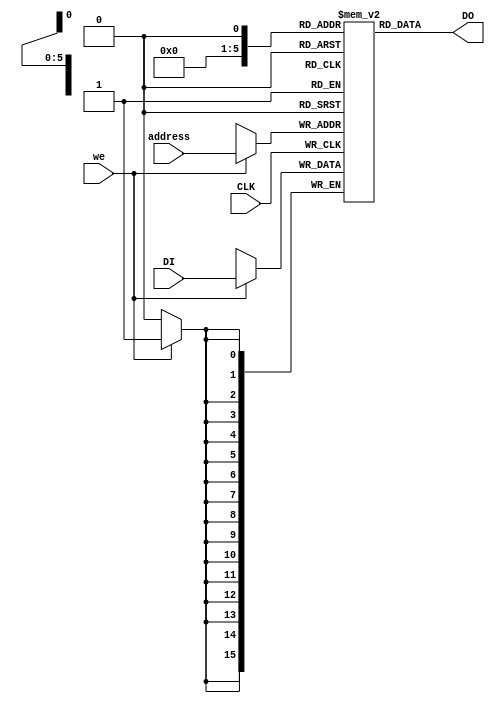
module singlePort_RAM_asyncRead(
    input CLK,
    input we,
    input [5:0] address,
    input [15:0] DI,
    output [15:0] DO
    );
	 
	 reg [15:0] RAM [63:0];
	 
	 always @ (posedge CLK) begin
		if (we)
			RAM[address] <= DI;
	 end
	 
	 assign DO = RAM[adress];
	 
endmodule